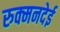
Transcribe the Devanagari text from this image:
रुक्मनदेई